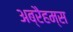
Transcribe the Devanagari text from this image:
अब्रैहम्स